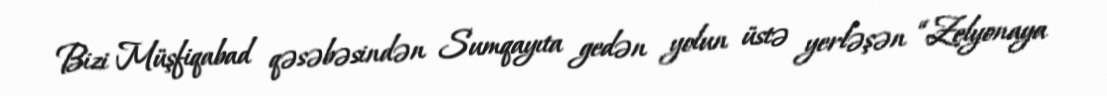
Bizi Müşfiqabad qəsəbəsindən Sumqayıta gedən yolun üstə yerləşən “Zelyonaya